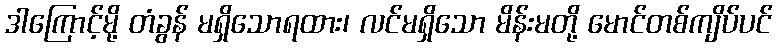
ဒါကြောင့်မို့ တံခွန် မရှိသောရထား၊ လင်မရှိသော မိန်းမတို့ မောင်တစ်ကျိပ်ပင်